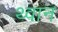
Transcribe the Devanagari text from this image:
थ्वान